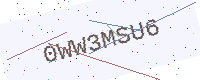
Text: 0WW3MSU6